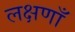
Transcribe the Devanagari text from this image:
लक्षणाँ